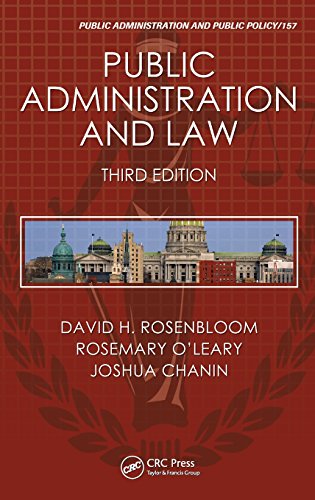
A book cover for Public Administration and Law, Third Edition (Public Administration and Public Policy); David H. Rosenbloom; Law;